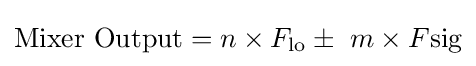
{\text{Mixer Output}}=n\times F_{\text{lo}}\pm \ m\times F{\text{sig}}